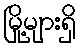
မြို့များရှိ